38_143685_box_Incident_Summaries_173-233
Agency: Department of War
Page 72
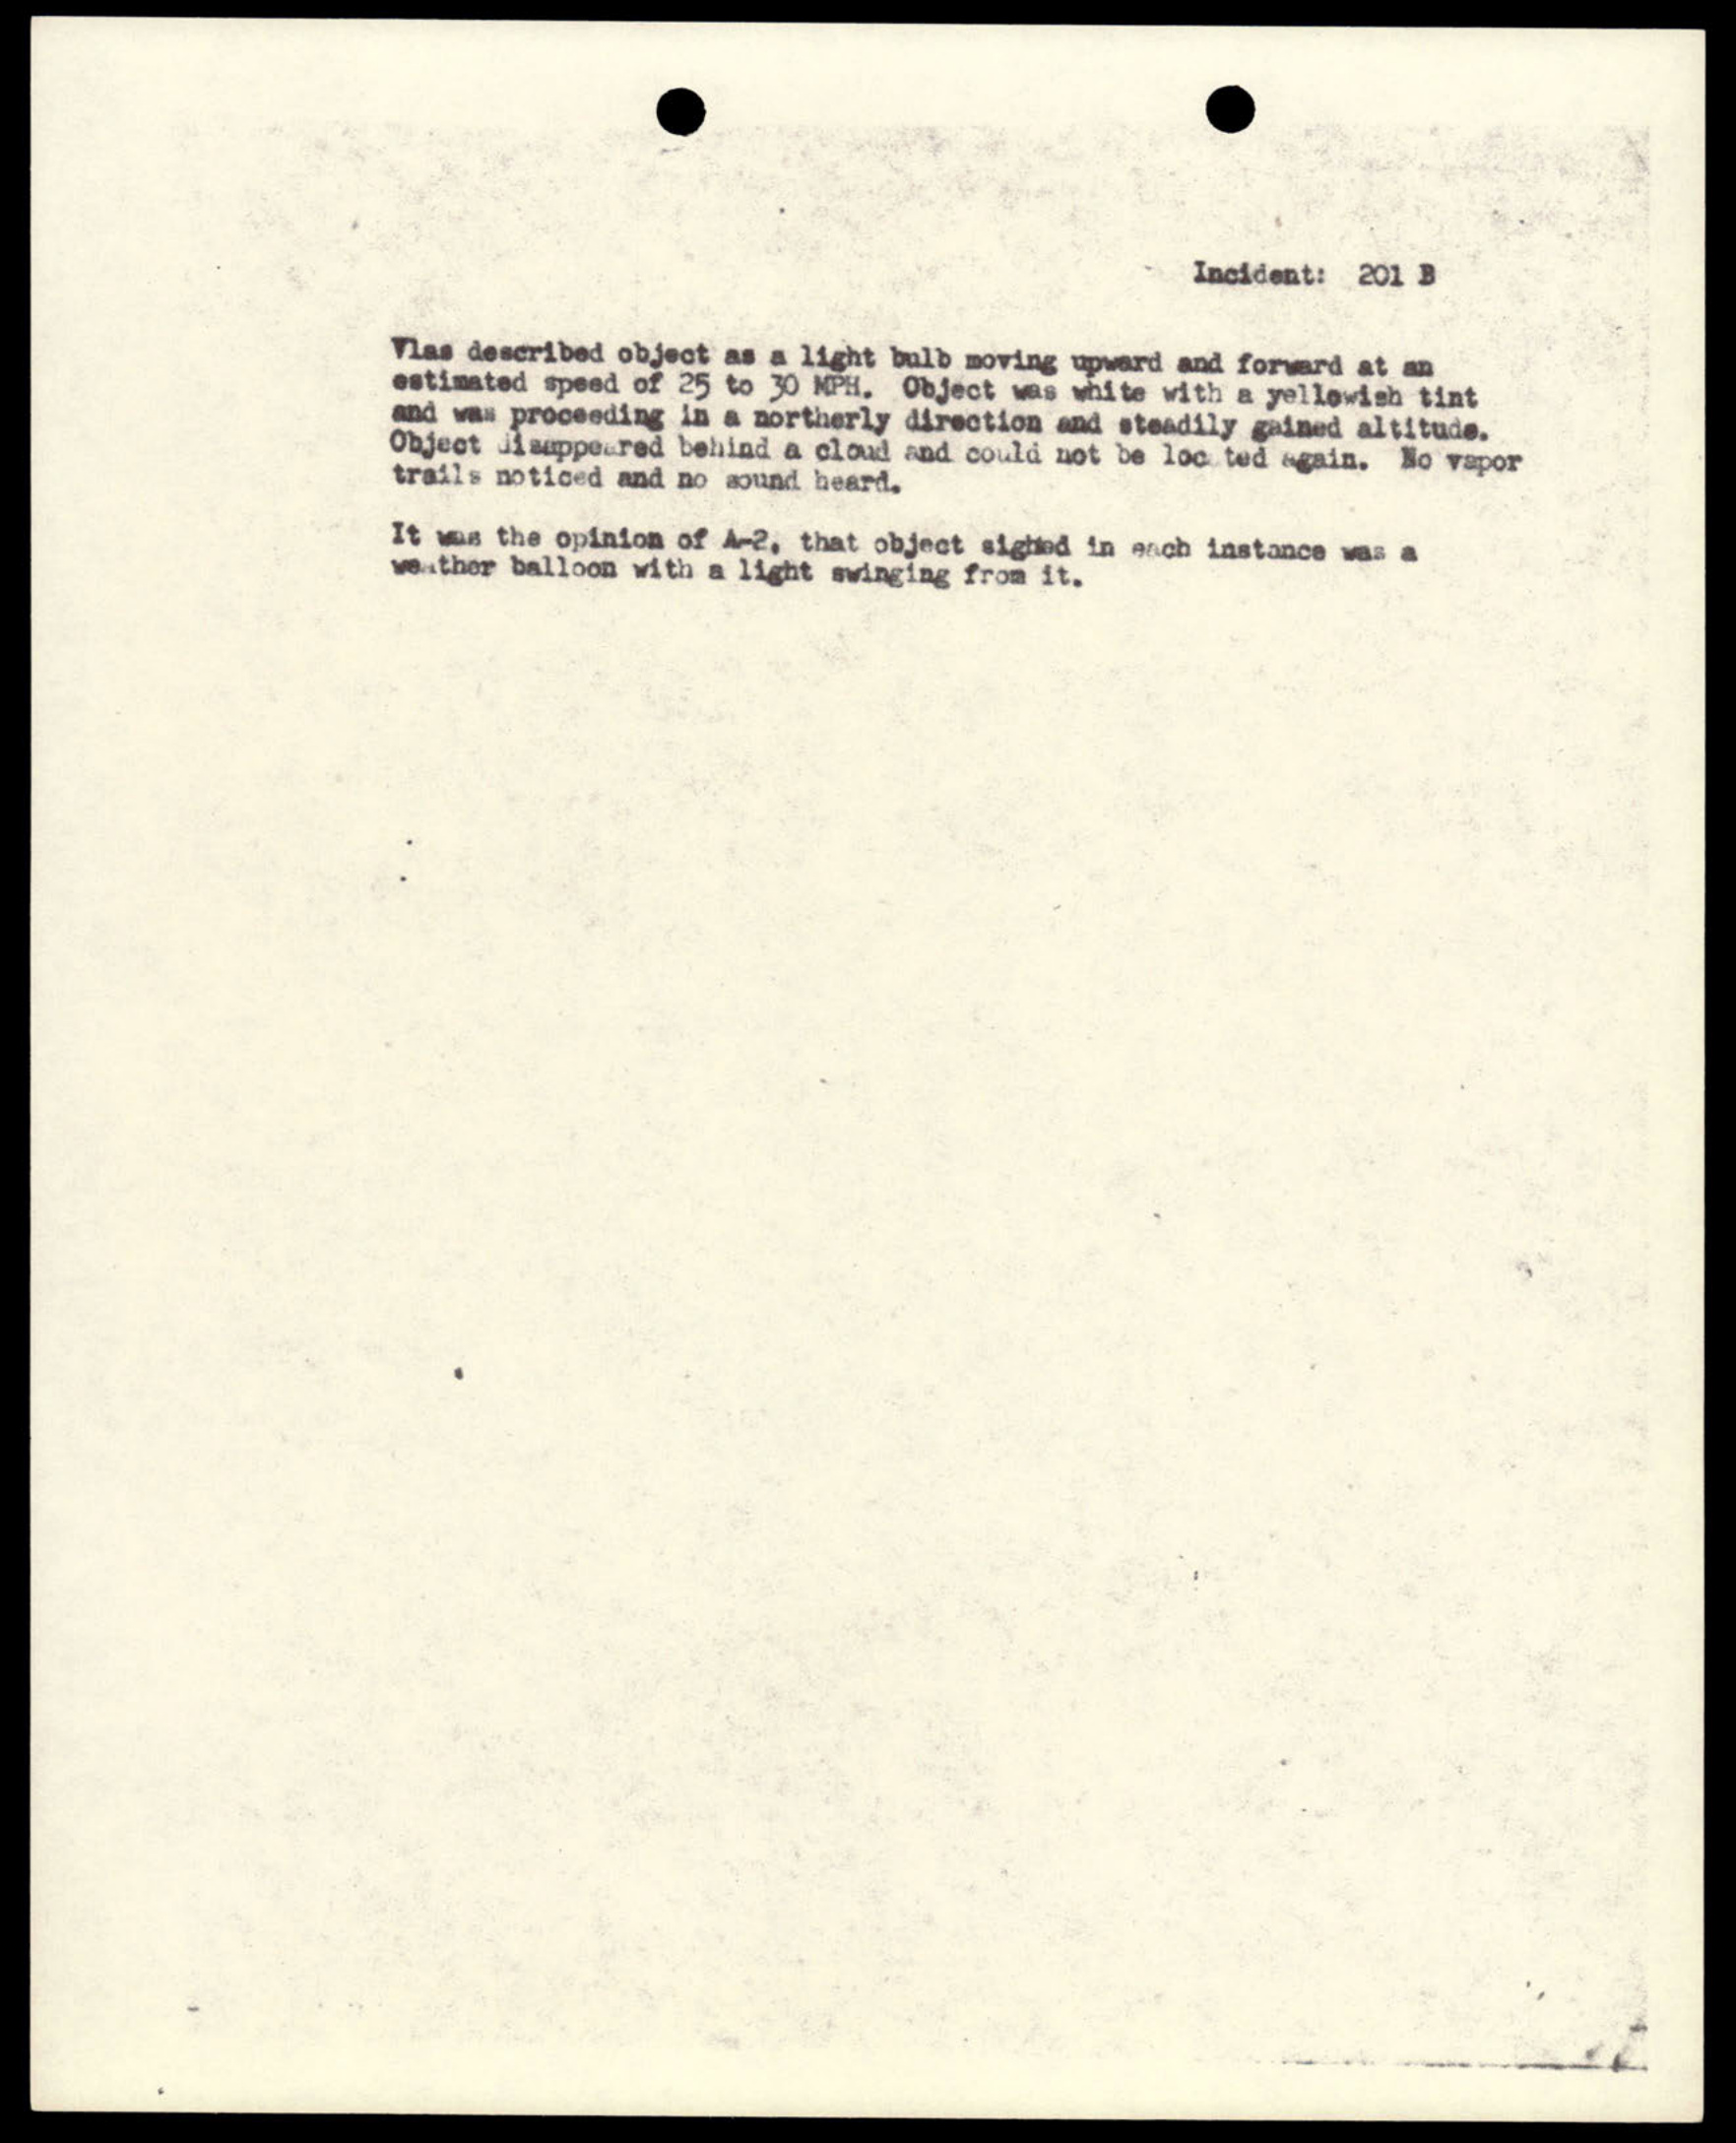